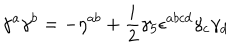
LaTeX: \gamma ^ { a } \gamma ^ { b } = - \eta ^ { a b } + { \frac { i } { 2 } } \gamma _ { 5 } \epsilon ^ { a b c d } \gamma _ { c } \gamma _ { d }